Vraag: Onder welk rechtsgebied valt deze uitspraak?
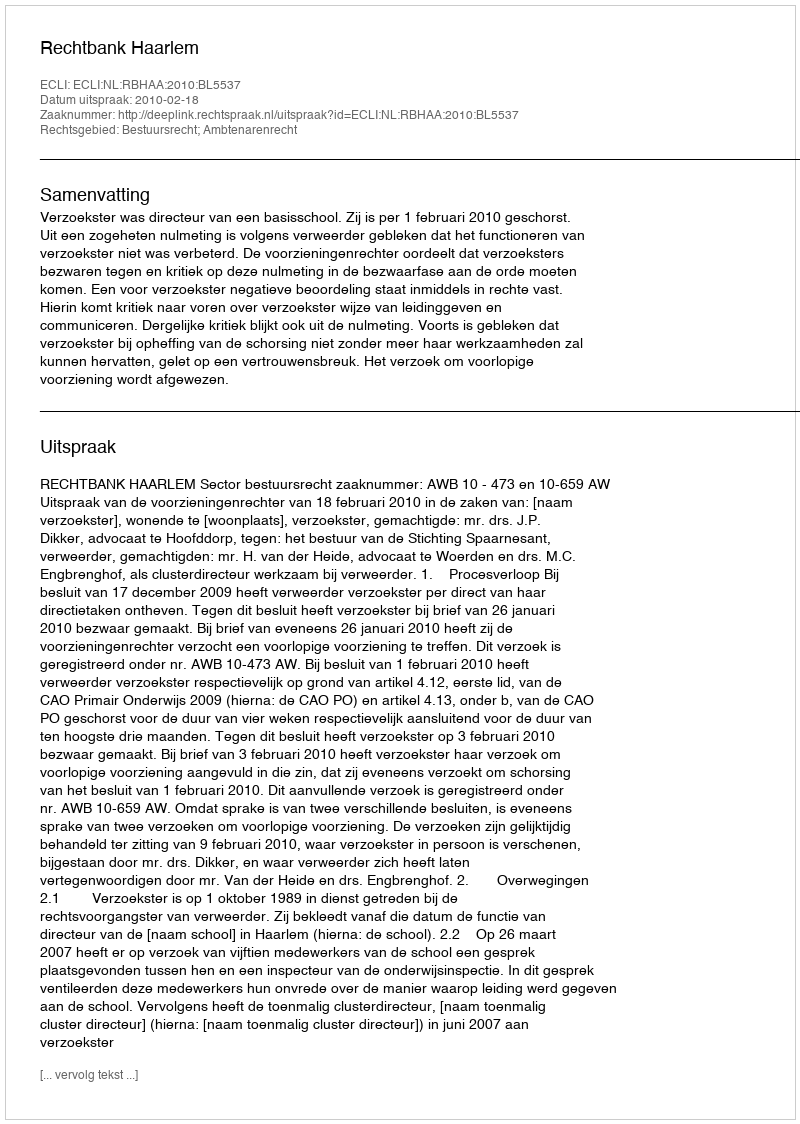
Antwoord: Bestuursrecht; Ambtenarenrecht